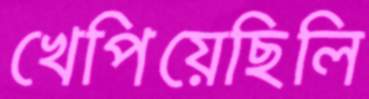
খেপিয়েছিলি